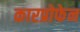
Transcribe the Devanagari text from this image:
कारप्रोफेन